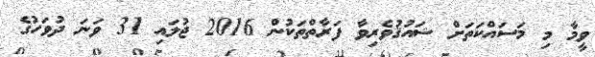
ވީމާ މި މަސައްކަތަށް ޝައުޤުވެރިވާ ފަރާތްތަކުން 2016 ޖުލައި 31 ވަނަ ދުވަހުގެ